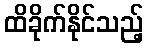
ထိခိုက်နိုင်သည့်